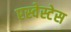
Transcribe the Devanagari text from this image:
एस्वेस्टेस